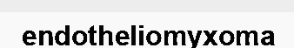
endotheliomyxoma